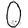
Digit: 0